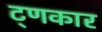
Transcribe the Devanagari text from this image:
ट्णकार